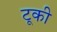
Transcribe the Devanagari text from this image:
टूकी